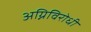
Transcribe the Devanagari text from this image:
अग्निविरोधी